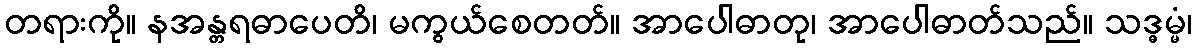
တရားကို။ နအန္တရဓာပေတိ၊ မကွယ်စေတတ်။ အာပေါဓာတု၊ အာပေါဓာတ်သည်။ သဒ္ဓမ္မံ၊